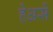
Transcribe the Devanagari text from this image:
हेअर्से